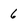
Character: 6